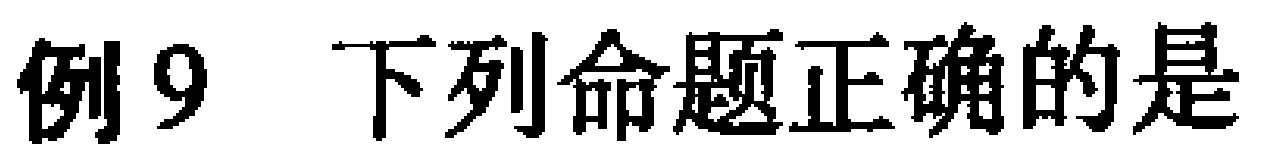
例9 下列命题正确的是